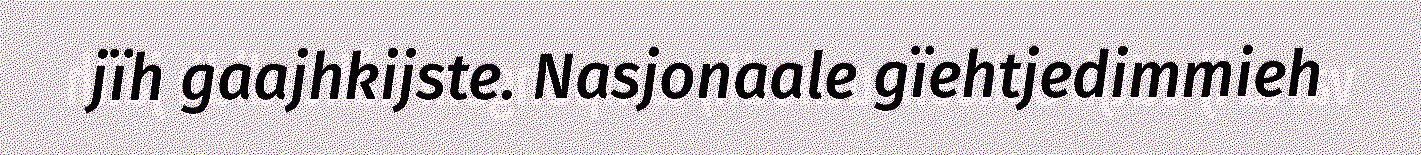
jïh gaajhkijste. Nasjonaale gïehtjedimmieh